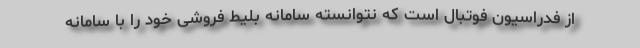
از فدراسیون فوتبال است که نتوانسته سامانه بلیط فروشی خود را با سامانه